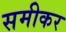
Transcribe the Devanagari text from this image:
समीकर